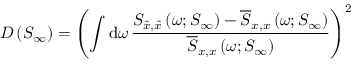
D \left( S _ { \infty } \right) = \left( \int \mathrm { d } \omega \, \frac { S _ { \hat { x } , \hat { x } } \left( \omega ; S _ { \infty } \right) - \overline { { S } } _ { x , x } \left( \omega ; S _ { \infty } \right) } { \overline { { S } } _ { x , x } \left( \omega ; S _ { \infty } \right) } \right) ^ { 2 }